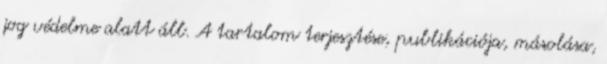
jog védelme alatt áll. A tartalom terjesztése, publikációja, másolása,